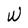
Character: W